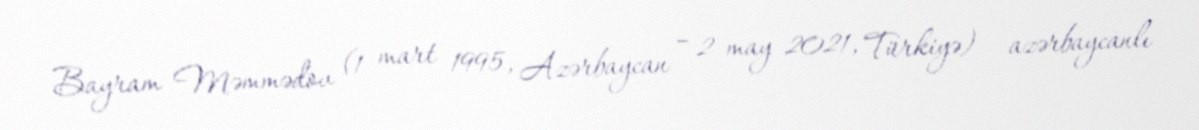
Bayram Məmmədov (1 mart 1995, Azərbaycan – 2 may 2021, Türkiyə) — azərbaycanlı